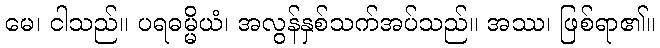
မေ၊ ငါသည်။ ပရဓမ္မိယံ၊ အလွန်နှစ်သက်အပ်သည်။ အဿ၊ ဖြစ်ရာ၏။